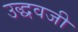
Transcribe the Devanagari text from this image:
उद्धवजी